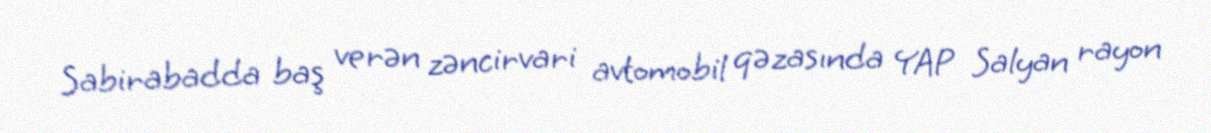
Sabirabadda baş verən zəncirvari avtomobil qəzasında YAP Salyan rayon